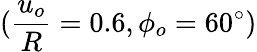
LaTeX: (\frac{u_{o}}{R}=0.6,\phi_{o}=60^{\circ})